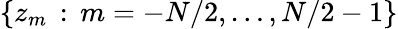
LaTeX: \lbrace z_{m}\, :\, m=-N/2,\dots,N/2-1\rbrace